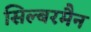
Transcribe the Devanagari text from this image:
सिल्बरमैन